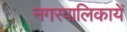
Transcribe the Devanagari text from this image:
नगरपालिकायें